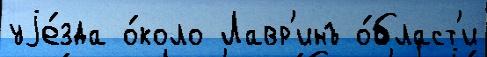
уjе́зда о́коло Лавр'инъ о́бласт'и